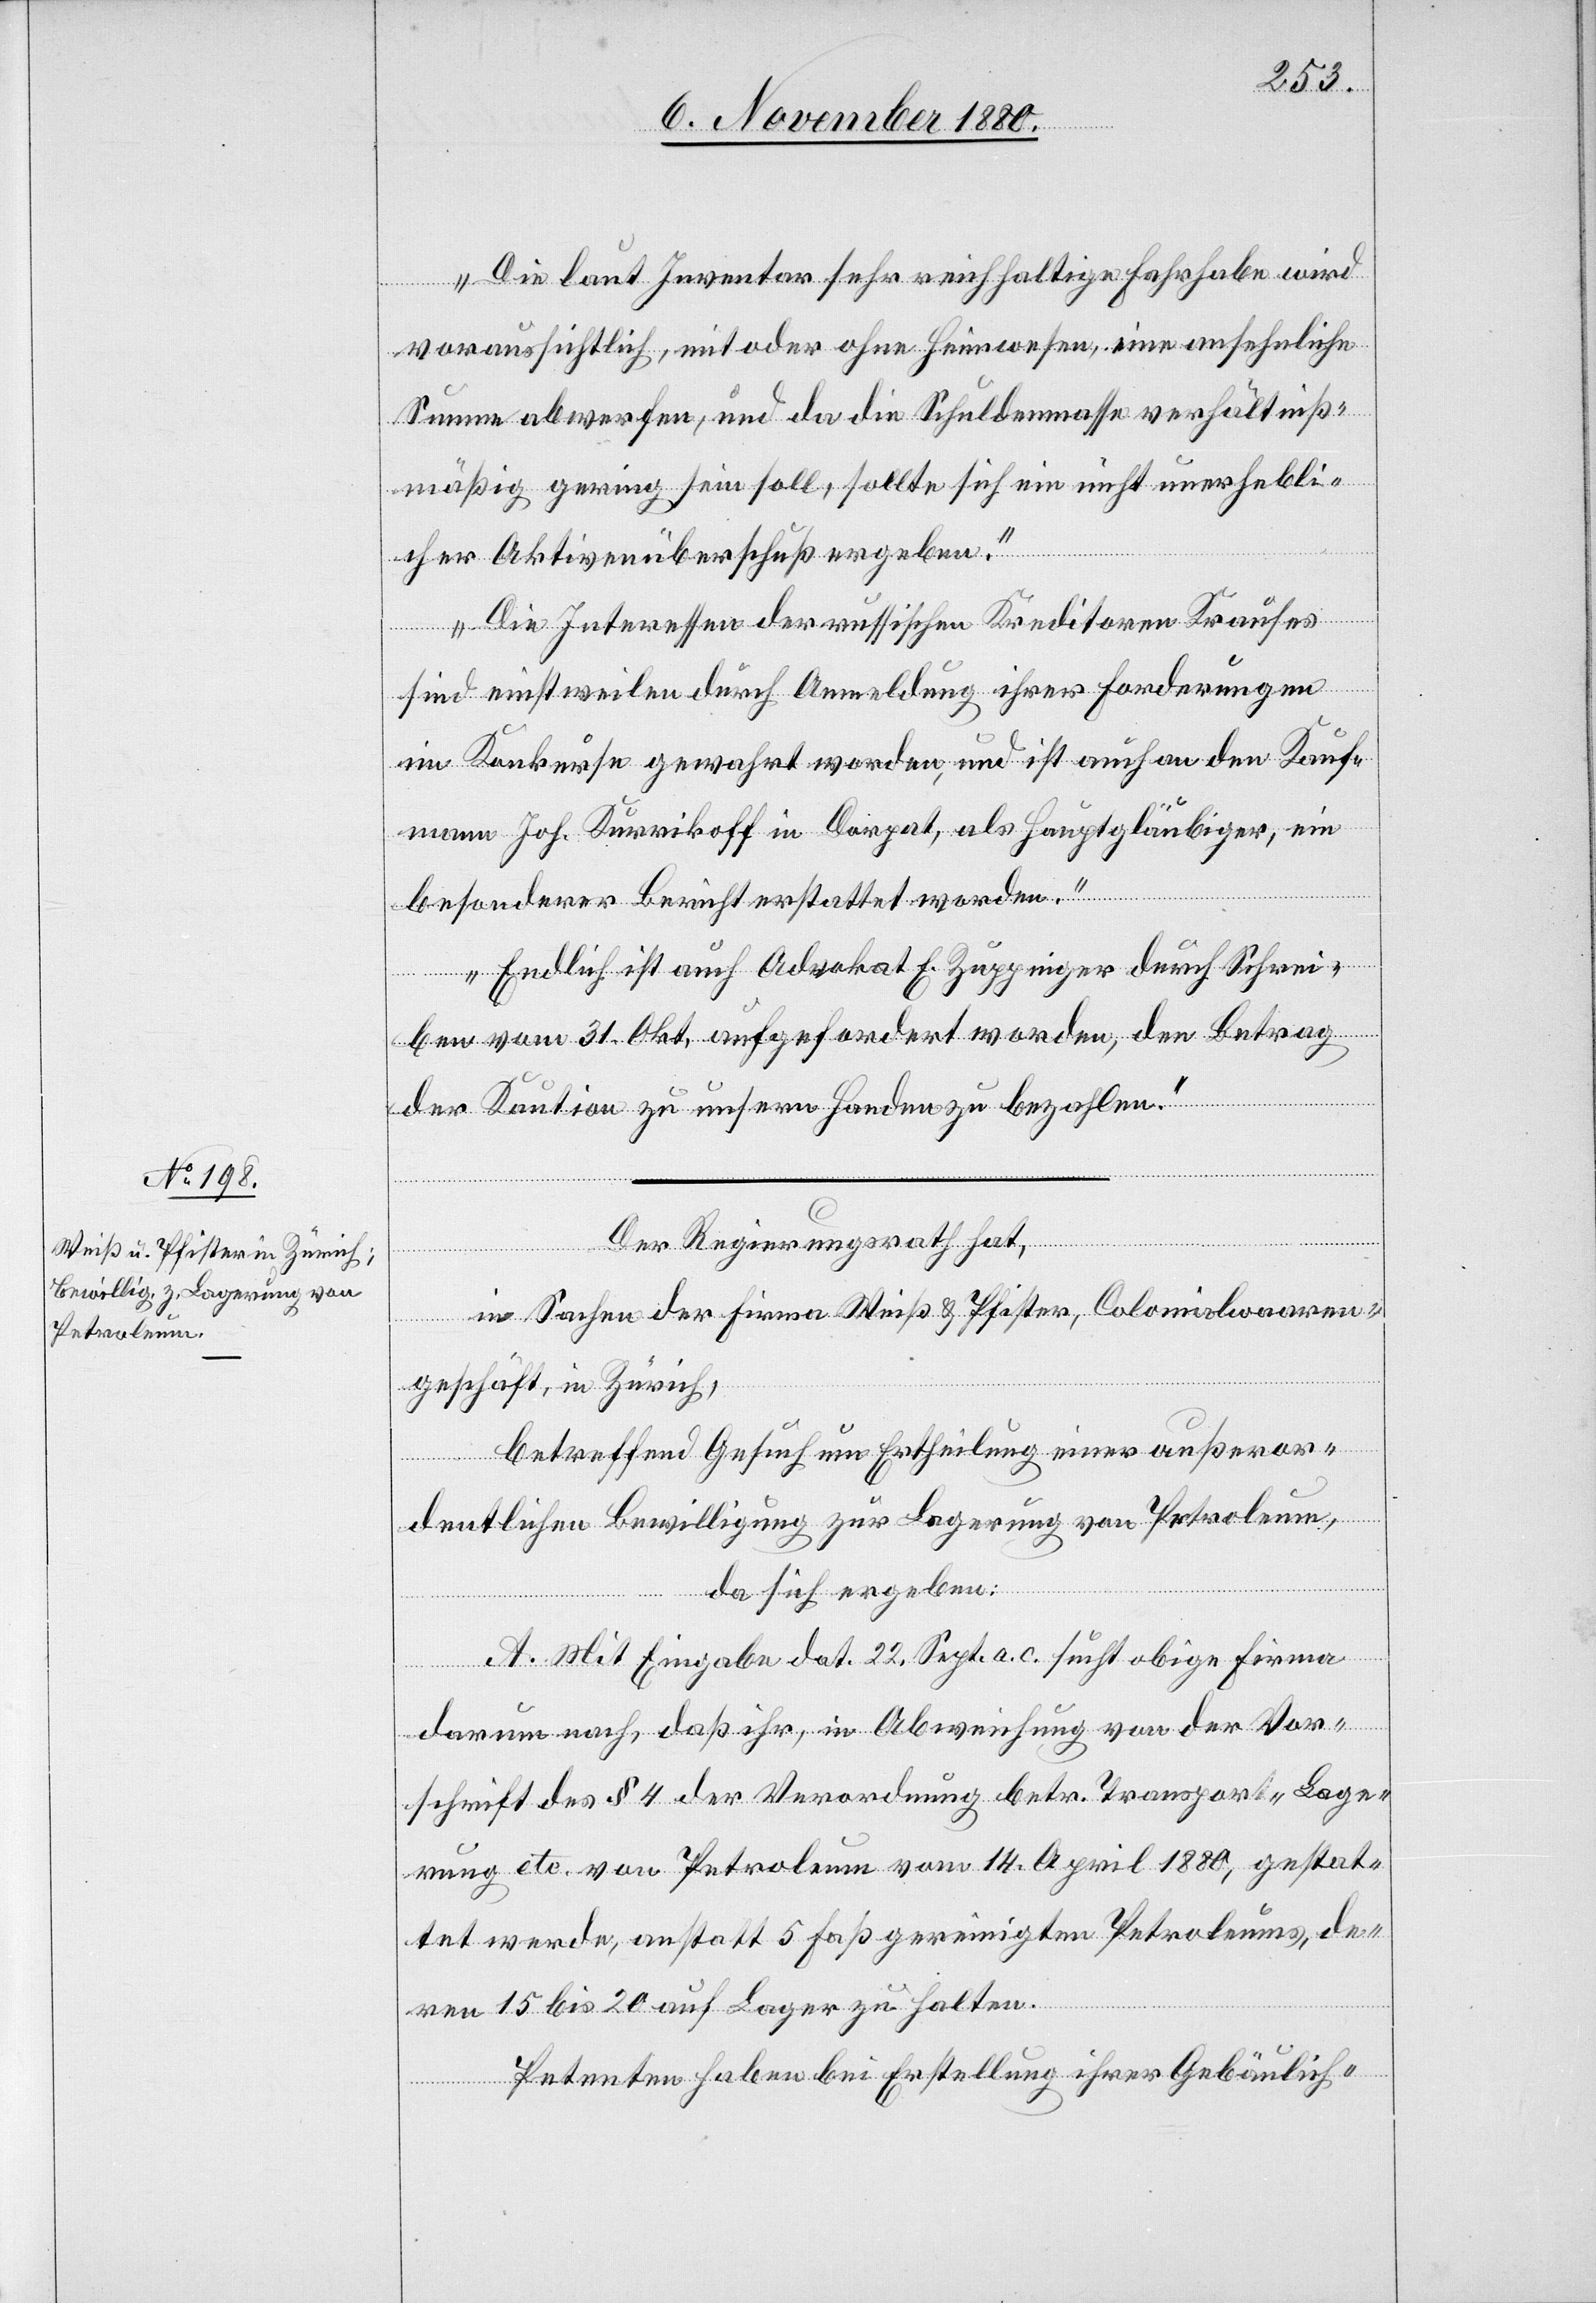
Die laut Inventar sehr reichhaltige Fahrhabe wird
voraussichtlich, mit oder ohne Heimwesen, eine ansehnliche
Summe abwerfen, und da die Schuldenmasse verhältniß¬
mäßig gering sein soll, sollte sich ein nicht unerhebli¬
cher Aktivenüberschuß ergeben.
Die Interessen der russischen Kreditoren Krauses
sind einstweilen durch Anmeldung ihrer Forderungen
im Konkurse gewahrt worden, und ist auch an den Kauf¬
mann Joh. Kurrikoff in Dorpat, als Hauptgläubiger, ein
besonderer Bericht erstattet worden.
Endlich ist auch Advokat E. Zuppinger durch Schrei¬
ben vom 31. Okt. aufgefordert worden, den Betrag
der Kaution zu unsern Handen zu bezahlen.“
Der Regierungsrath hat,
in Sachen der Firma Weiß & Pfister, Colonialwaaren¬
geschäft, in Zürich,
betreffend Gesuch um Ertheilung einer außeror¬
dentlichen Bewilligung zur Lagerung von Petroleum,
da sich ergeben:
A. Mit Eingabe dat. 22. Sept. a. c. sucht obige Firma
darum nach, daß ihr, in Abweichung von der Vor¬
schrift des § 4 der Verordnung betr. Transport-[,] Lage¬
rung etc. von Petroleum vom 14. April 1880, gestat¬
tet werde, anstatt 5 Faß gereinigten Petroleums de¬
ren 15 bis 20 auf Lager zu halten.
Petenten haben bei Erstellung ihrer Gebäulich-